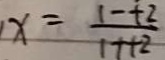
x = \frac { 1 - t 2 } { 1 + t 2 }